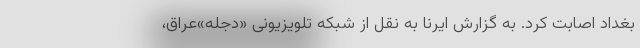
بغداد اصابت کرد. به گزارش ایرنا به نقل از شبکه تلویزیونی «دجله»عراق،